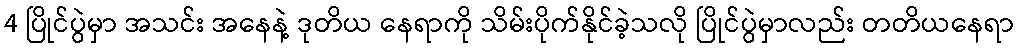
4 ပြိုင်ပွဲမှာ အသင်း အနေနဲ့ ဒုတိယ နေရာကို သိမ်းပိုက်နိုင်ခဲ့သလို ပြိုင်ပွဲမှာလည်း တတိယနေရာ